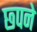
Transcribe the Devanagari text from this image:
छ्पने